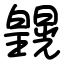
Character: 皩